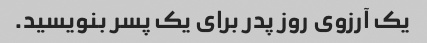
یک آرزوی روز پدر برای یک پسر بنویسید.